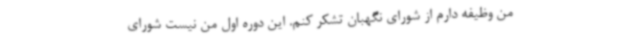
من وظیفه دارم از شورای نگهبان تشکر کنم. این دوره اول من نیست شورای